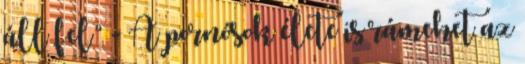
áll fel” - A pornósok élete is rámehet az